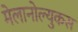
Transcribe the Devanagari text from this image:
मेलानोल्युकस